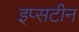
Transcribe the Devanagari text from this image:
इप्सटीन